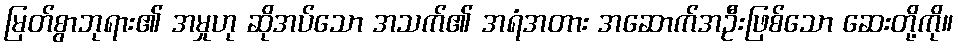
မြတ်စွာဘုရား၏ အမှုဟု ဆိုအပ်သော အသက်၏ အရံအတား အဆောက်အဦးဖြစ်သော ဆေးတို့ကို။